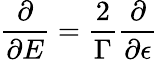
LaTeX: \frac{\partial}{\partial E}=\frac{2}{\Gamma}\frac{\partial}{\partial\epsilon}